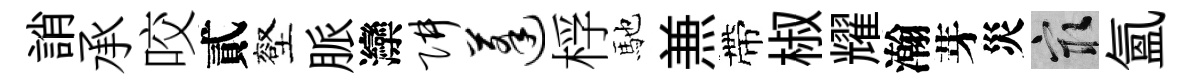
誚承咬貳壑脈灤阱蓬桴馳𠔥帶椒耀瀚芽災冣氳